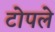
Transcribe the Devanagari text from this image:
टोपले